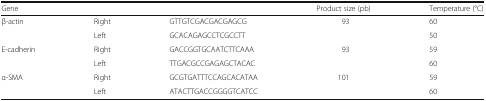
<table><thead><tr><td><b>Gene</b></td><td></td><td></td><td><b>Product size (pb)</b></td><td><b>Temperature (°C)</b></td></tr></thead><tbody><tr><td rowspan="2">β-actin</td><td>Right</td><td>GTTGTCGACGACGAGCG</td><td rowspan="2">93</td><td>60</td></tr><tr><td>Left</td><td>GCACAGAGCCTCGCCTT</td><td>50</td></tr><tr><td rowspan="2">E-cadherin</td><td>Right</td><td>GACCGGTGCAATCTTCAAA</td><td rowspan="2">93</td><td>59</td></tr><tr><td>Left</td><td>TTGACGCCGAGAGCTACAC</td><td>60</td></tr><tr><td rowspan="2">α-SMA</td><td>Right</td><td>GCGTGATTTCCAGCACATAA</td><td rowspan="2">101</td><td>59</td></tr><tr><td>Left</td><td>ATACTTGACCGGGGTCATCC</td><td>60</td></tr></tbody></table>